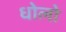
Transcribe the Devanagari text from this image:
धोलो